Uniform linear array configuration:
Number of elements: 48
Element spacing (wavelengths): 1
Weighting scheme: exponential
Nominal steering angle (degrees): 30
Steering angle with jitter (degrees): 31.695
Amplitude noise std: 0.05
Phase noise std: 0.05

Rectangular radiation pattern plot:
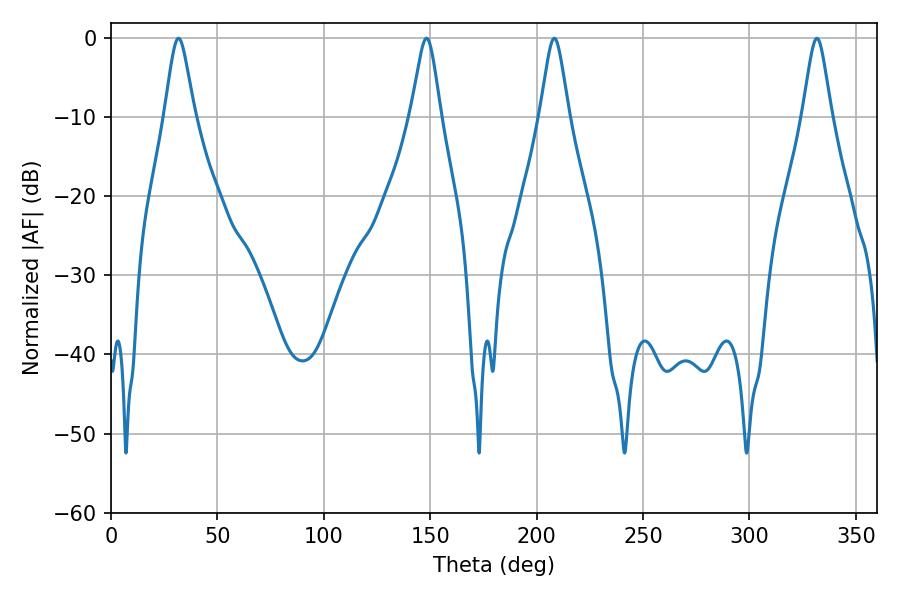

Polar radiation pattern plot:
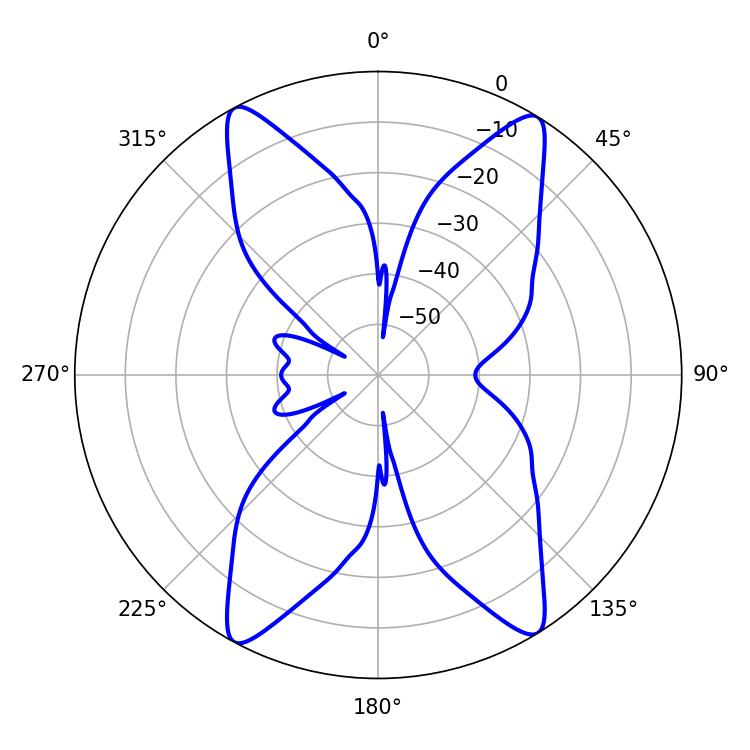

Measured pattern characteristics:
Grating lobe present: TRUE
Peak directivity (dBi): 19.117
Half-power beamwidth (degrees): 6.48
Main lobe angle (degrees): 208.26